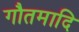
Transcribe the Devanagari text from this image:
गौतमादि